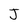
Character: J